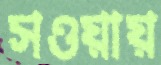
সওয়ায়